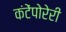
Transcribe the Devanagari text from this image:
कंटेंपोरेरी